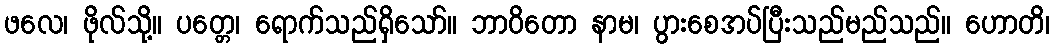
ဖလေ၊ ဖိုလ်သို့။ ပတ္တေ၊ ရောက်သည်ရှိသော်။ ဘာဝိတော နာမ၊ ပွားစေအပ်ပြီးသည်မည်သည်။ ဟောတိ၊